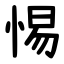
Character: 惕